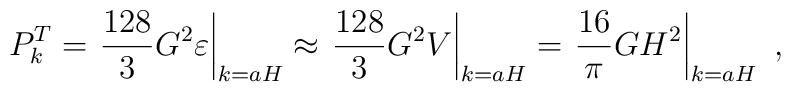
P_k^T = \left. \frac{128}{3} G^2 \varepsilon\right|_{k = a H}\approx \left. \frac{128}{3} G^2 V \right|_{k = a H}= \left. \frac{16}{\pi} G H^2 \right|_{k = a H}~,